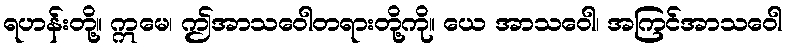
ရဟန်းတို့။ ဣမေ၊ ဤအာသဝေါတရားတို့ကို။ ယေ အာသဝေါ၊ အကြင်အာသဝေါ